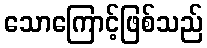
သောကြောင့်ဖြစ်သည်